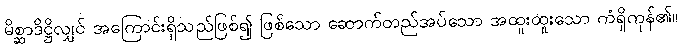
မိစ္ဆာဒိဋ္ဌိလျှင် အကြောင်းရှိသည်ဖြစ်၍ ဖြစ်သော ဆောက်တည်အပ်သော အထူးထူးသော ကံရှိကုန်၏။